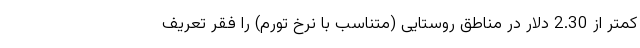
کمتر از 2.30 دلار در مناطق روستایی (متناسب با نرخ تورم) را فقر تعریف